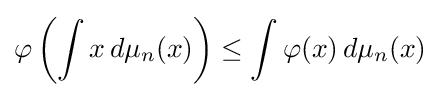
\varphi \left(\int x\,d\mu _{n}(x)\right)\leq \int \varphi (x)\,d\mu _{n}(x)